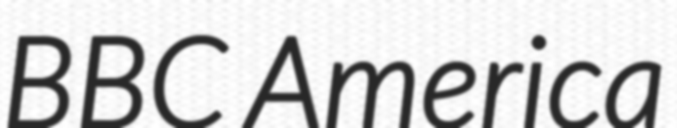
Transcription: BBC America